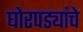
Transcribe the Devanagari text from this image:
घोरपड्यांचे